Civil Veterinary Department Bengal reports 1933-51 - 1933-1951
Year: 1933
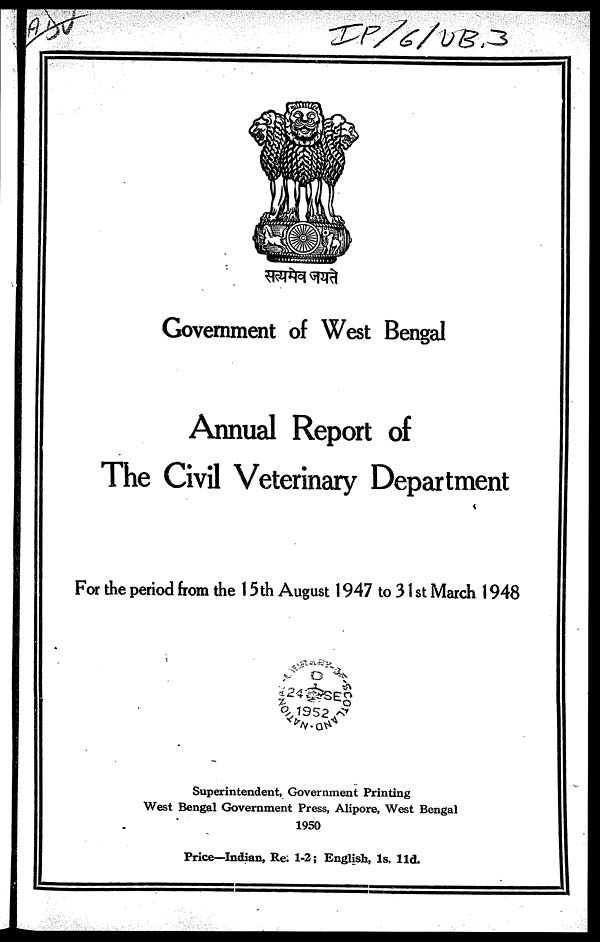
Government of West Bengal
Annual Report of
The Civil Veterinary Department
For the period from the 15th August 1947 to 31st March 1948
Superintendent, Government Printing
West Bengal Government Press, Alipore, West Bengal
1950
Price—Indian, Re. 1-2; English, 1s. 11d.